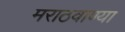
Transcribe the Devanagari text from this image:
मराठवाण्या